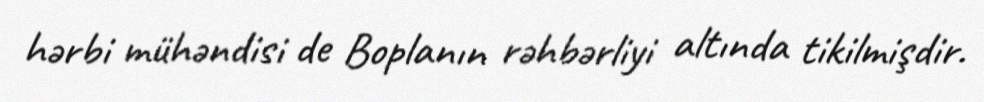
hərbi mühəndisi de Boplanın rəhbərliyi altında tikilmişdir.